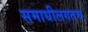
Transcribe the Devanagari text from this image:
समाधीलगतच